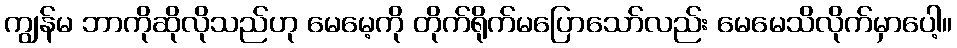
ကျွန်မ ဘာကိုဆိုလိုသည်ဟု မေမေ့ကို တိုက်ရိုက်မပြောသော်လည်း မေမေသိလိုက်မှာပေါ့။